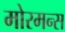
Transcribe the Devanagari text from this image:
मोरमन्स